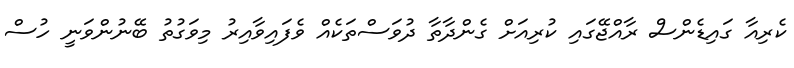
ކެރިއާ ގައިޑެންސް ރާއްޖޭގައި ކުރިއަށް ގެންދާތާ ދުވަސްތަކެއް ވެފައިވާއިރު މިވަގުތު ބޭނުންވަނީ ހުސް